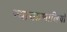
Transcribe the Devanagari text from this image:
न्यायप्रणालियों